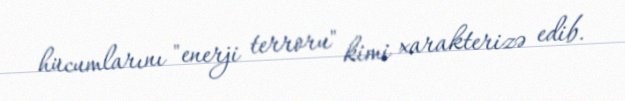
hücumlarını "enerji terroru" kimi xarakterizə edib.